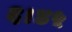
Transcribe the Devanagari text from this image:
६।४५